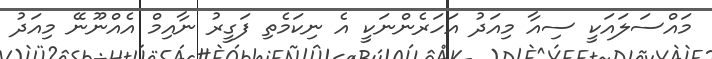
މައްސަލައަކީ ސިއާ މިއަދު އަހަރެންނަކީ އެ ނިކަމެތި ފަގީރު ނާއިމް އެއްނޫނޭ މިއަދު